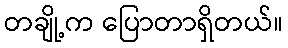
တချို့က ပြောတာရှိတယ်။